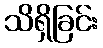
သိရှိခြင်း